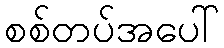
စစ်တပ်အပေါ်